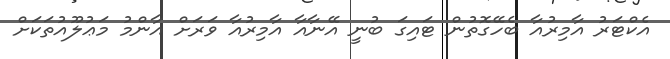
އެކްޓަރު އާމިރުއާ ބެހޭގޮތުން ޓައިގަ ބުނީ އޭނާއާ އާމިރުއާ ވަރަށް އާންމު މަޢުލޫއުތަކަށް